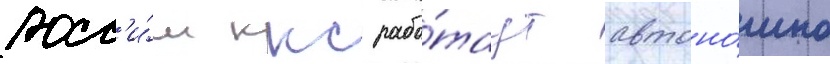
росс'и́и ккс рабо́таут автоно́мно